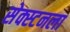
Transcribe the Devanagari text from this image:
सेक्स्टनला